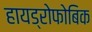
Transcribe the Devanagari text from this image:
हायड्रोफोबिक